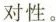
对性。